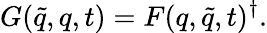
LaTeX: G(\widetilde{q},q,t)=F(q,\widetilde{q},t)^{\dagger}.